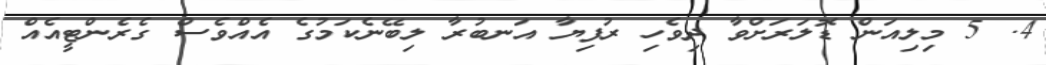
4. 5 މިލިއަން ޑޮލަރަށްވާ ދިވެހި ރުފިޔާ އަނބުރާ ލިބޭނެކަމުގެ އެއްވެސް ގެރެންޓީއެއް